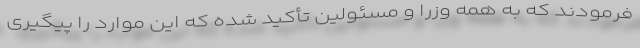
فرمودند که به همه وزرا و مسئولین تأکید شده که این موارد را پیگیری